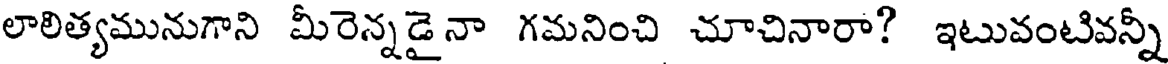
లాలిత్యమునుగాని మీరెన్నడై నా గమనించి చూచినారా? ఇటువంటివన్నీ